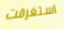
استغرقت